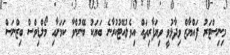
މިނިސްޓަރު ފައްޔާޒް ވިދާޅުވީ ވިޔަފާރިތައް އިވެލުއޭޓުކުރާނެ ބަޔަކު ބޭނުންވާ ކަމަށާއި މޯލްޑިވްސް ބިޒްނަސް